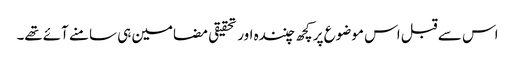
اس سے قبل اس موضوع پر کچھ چنندہ اور تحقیقی مضامین ہی سامنے آئےتھے۔